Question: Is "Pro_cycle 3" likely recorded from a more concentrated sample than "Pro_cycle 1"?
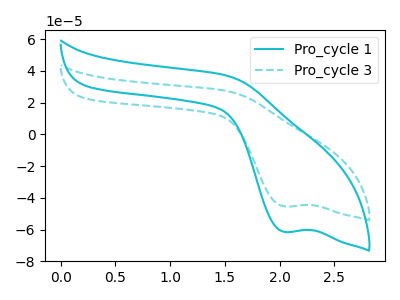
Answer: <think>The cyan curve "Pro_cycle 1" has a cathodic peak at: (2.05V, -61.50uA). The cyan dashed curve "Pro_cycle 3" has a cathodic peak at: (2.05V, -45.45uA).
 All the peaks in "Pro_cycle 3" have a peak in "Pro_cycle 1" at the same potential. Every peak in "Pro_cycle 3" is lower than every peak in "Pro_cycle 1".</think>
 <answer>"Pro_cycle 3" has less signal than "Pro_cycle 1".</answer>
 <eval>less_signal</eval>